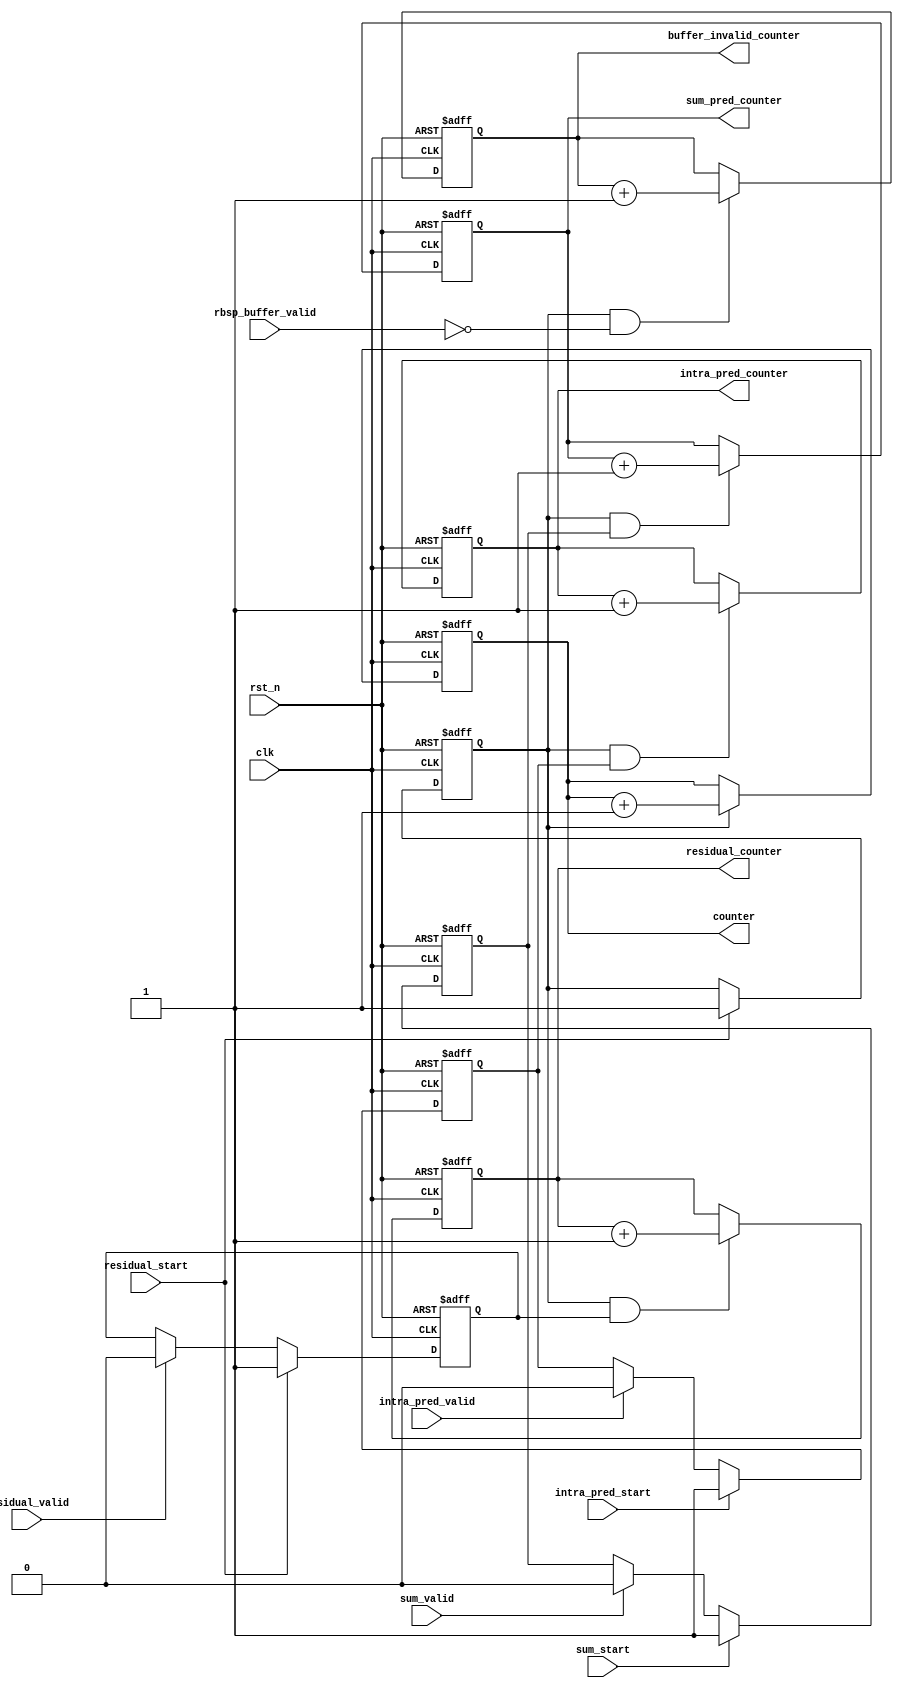
module debug_stuff(
	input clk,
	input rst_n,
	input rbsp_buffer_valid,
	input residual_start,
	input intra_pred_start,
	input sum_start,
	input residual_valid,
	input intra_pred_valid,
	input sum_valid,

	output reg [63:0] counter,
	output reg [63:0] buffer_invalid_counter,
	output reg [63:0] residual_counter,
	output reg [63:0] intra_pred_counter,
	output reg [63:0] sum_pred_counter
);

reg decode_started;
reg residual_started;
reg intra_pred_started;
reg sum_started;

always @(posedge clk or negedge rst_n)
if (~rst_n)
	decode_started <= 0;
else if (residual_start)
	decode_started <= 1'b1;

always @(posedge clk or negedge rst_n)
if (~rst_n)
	buffer_invalid_counter <= 64'd0;
else if (decode_started && ~rbsp_buffer_valid)
	buffer_invalid_counter <= buffer_invalid_counter + 1'b1;


always @(posedge clk or negedge rst_n)
if (~rst_n)
	residual_started <= 0;
else if (residual_start)
	residual_started <= 1'b1;
else if (residual_valid)
	residual_started <= 1'b0;

always @(posedge clk or negedge rst_n)
if (~rst_n)
	intra_pred_started <= 0;
else if (intra_pred_start)
	intra_pred_started <= 1'b1;
else if (intra_pred_valid)
	intra_pred_started <= 1'b0;

always @(posedge clk or negedge rst_n)
if (~rst_n)
	sum_started <= 0;
else if (sum_start)
	sum_started <= 1'b1;
else if (sum_valid)
	sum_started <= 1'b0;

always @(posedge clk or negedge rst_n)
if (~rst_n)
	counter <= 0;
else if (decode_started)
	counter <= counter + 1'b1;

always @(posedge clk or negedge rst_n)
if (~rst_n)
	residual_counter <= 0;
else if (decode_started && residual_started)
	residual_counter <= residual_counter + 1'b1;
	
always @(posedge clk or negedge rst_n)
if (~rst_n)
	intra_pred_counter <= 0;
else if (decode_started && intra_pred_started)
	intra_pred_counter <= intra_pred_counter + 1'b1;
	
always @(posedge clk or negedge rst_n)
if (~rst_n)
	sum_pred_counter <= 0;
else if (decode_started && sum_started)
	sum_pred_counter <= sum_pred_counter + 1'b1;
	
endmodule